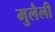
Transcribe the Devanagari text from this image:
मुलैली